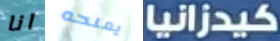
انا يمنحه كيدزانيا